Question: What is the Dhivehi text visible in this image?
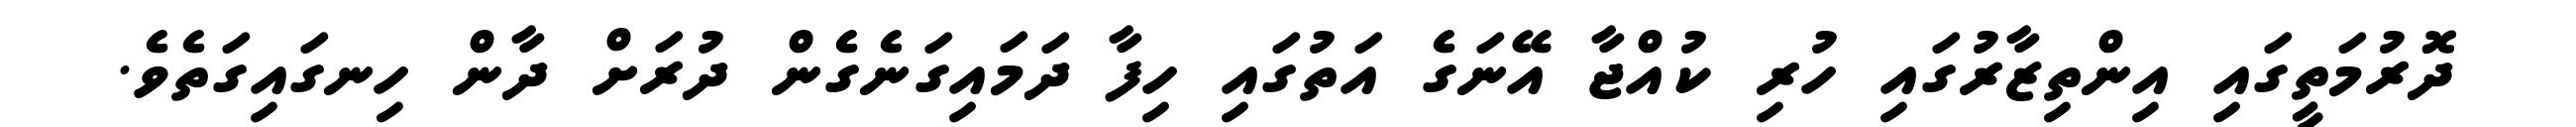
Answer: ދޮރުމަތީގައި އިންތިޒާރުގައި ހުރި ކުއްޖާ އޭނަގެ އަތުގައި ހިފާ ދަމައިގަނެގެން ދުރަށް ދާން ހިނގައިގަތެވެ.